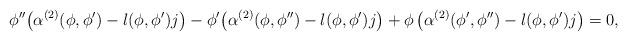
LaTeX: \begin{align*}\phi''\big(\alpha^{(2)}(\phi,\phi') -l(\phi,\phi')j\big) -\phi'\big(\alpha^{(2)} (\phi,\phi'') -l(\phi,\phi')j\big)+ \phi \,\big(\alpha^{(2)}(\phi',\phi'') -l(\phi,\phi')j\big) = 0,\end{align*}